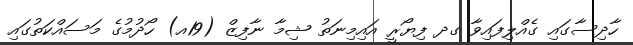
ހާދިސާގައި ގެއްލިފައިވާ ގދ ފިޔޯރީ އައިމިނަތު ޝިމާ ނާފިޒް (19އ) ހޯދުމުގެ މަސައްކަތުގައި